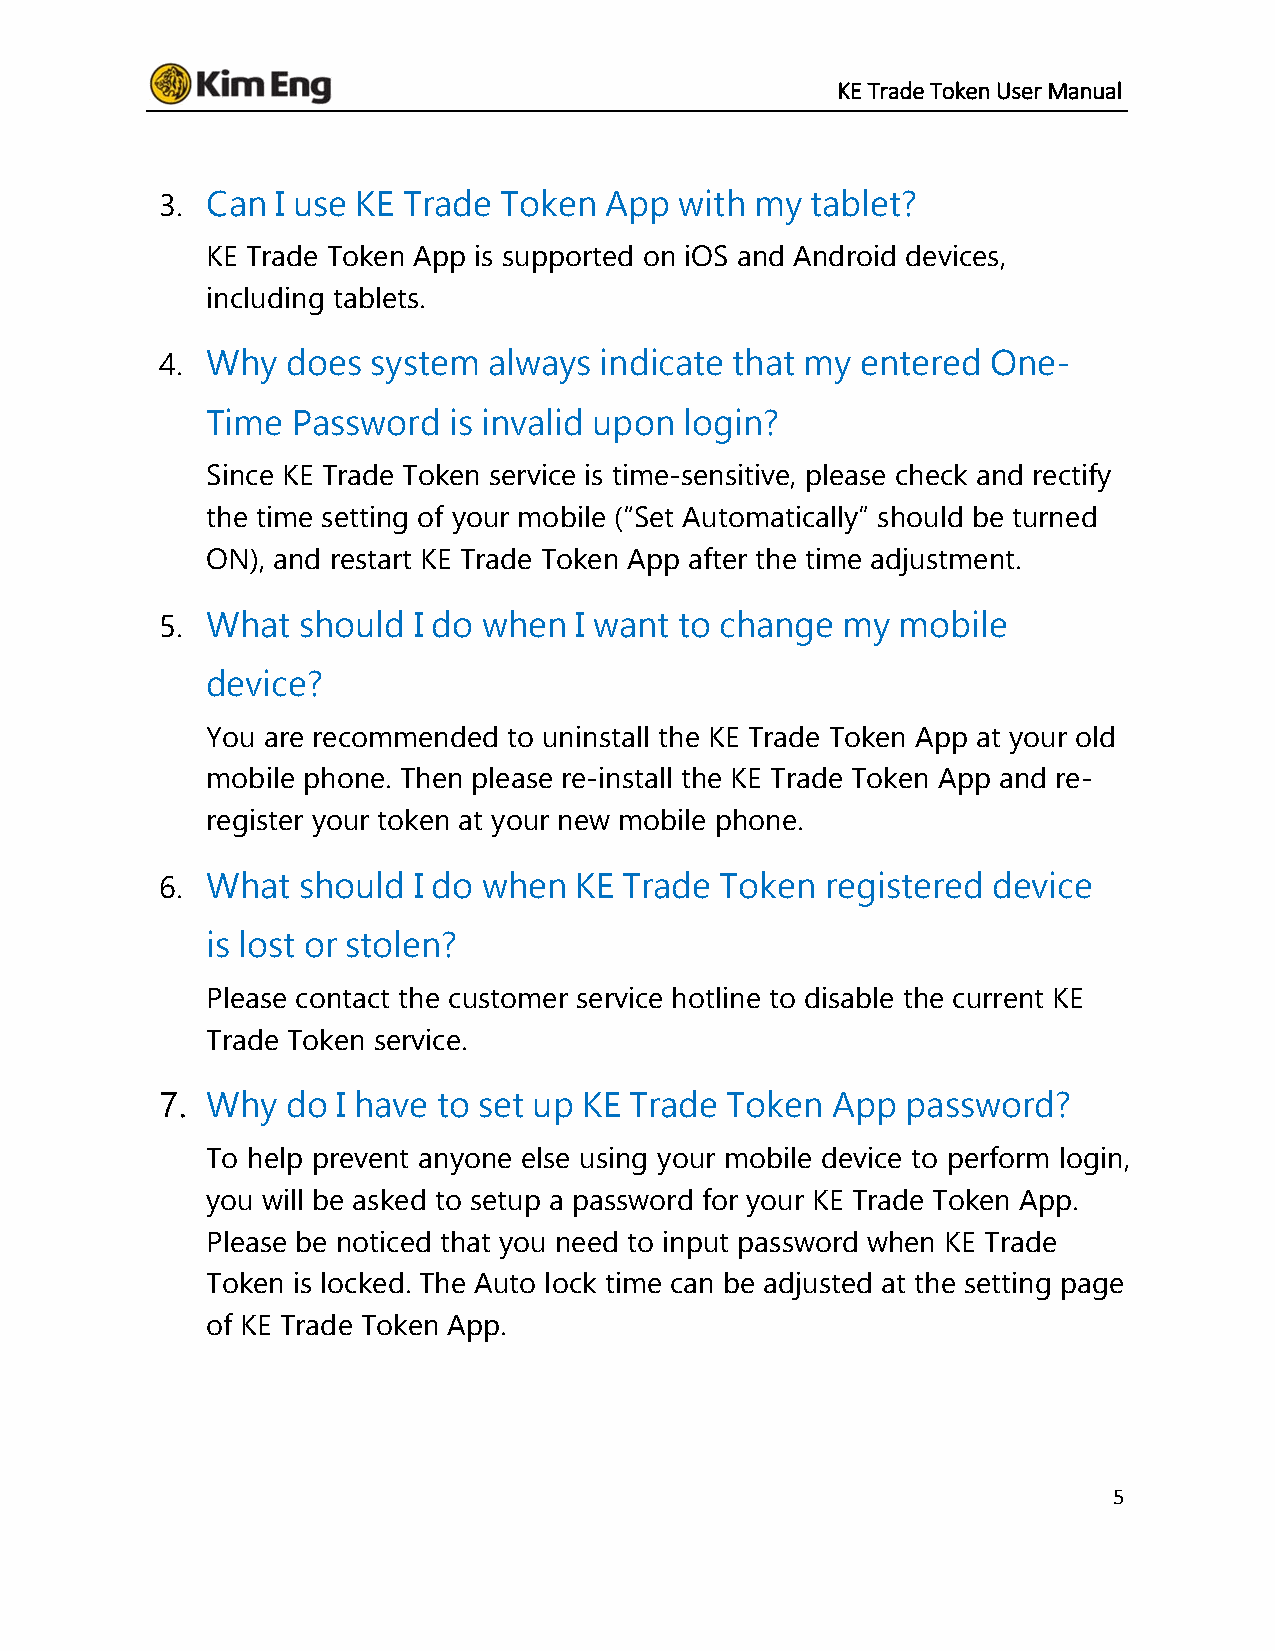
KE Trade Token User Manual
 3. Can I use KE Trade Token  App  with my  tablet?
 KE Trade Token App is supported on iOS and Android devices,
 including tablets.
 4. Why  does  system always  indicate that my entered  One-
 Time Password   is invalid upon login?
 Since KE Trade Token service is time-sensitive, please check and rectify
 the time setting of your mobile (“Set Automatically” should be turned
 ON), and restart KE Trade Token App after the time adjustment.
 5. What  should I do when  I want to change  my  mobile
 device?
 You are recommended to uninstall the KE Trade Token App at your old
 mobile phone. Then please re-install the KE Trade Token App and re-
 register your token at your new mobile phone.
 6. What  should I do when  KE Trade  Token  registered device
 is lost or stolen?
 Please contact the customer service hotline to disable the current KE
 Trade Token service.
 7. Why  do I have to set up KE Trade Token  App  password?
 To help prevent anyone else using your mobile device to perform login,
 you will be asked to setup a password for your KE Trade Token App.
 Please be noticed that you need to input password when KE Trade
 Token is locked. The Auto lock time can be adjusted at the setting page
 of KE Trade Token App.
 5